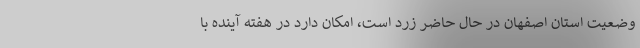
وضعیت استان اصفهان در حال حاضر زرد است، امکان دارد در هفته آینده با